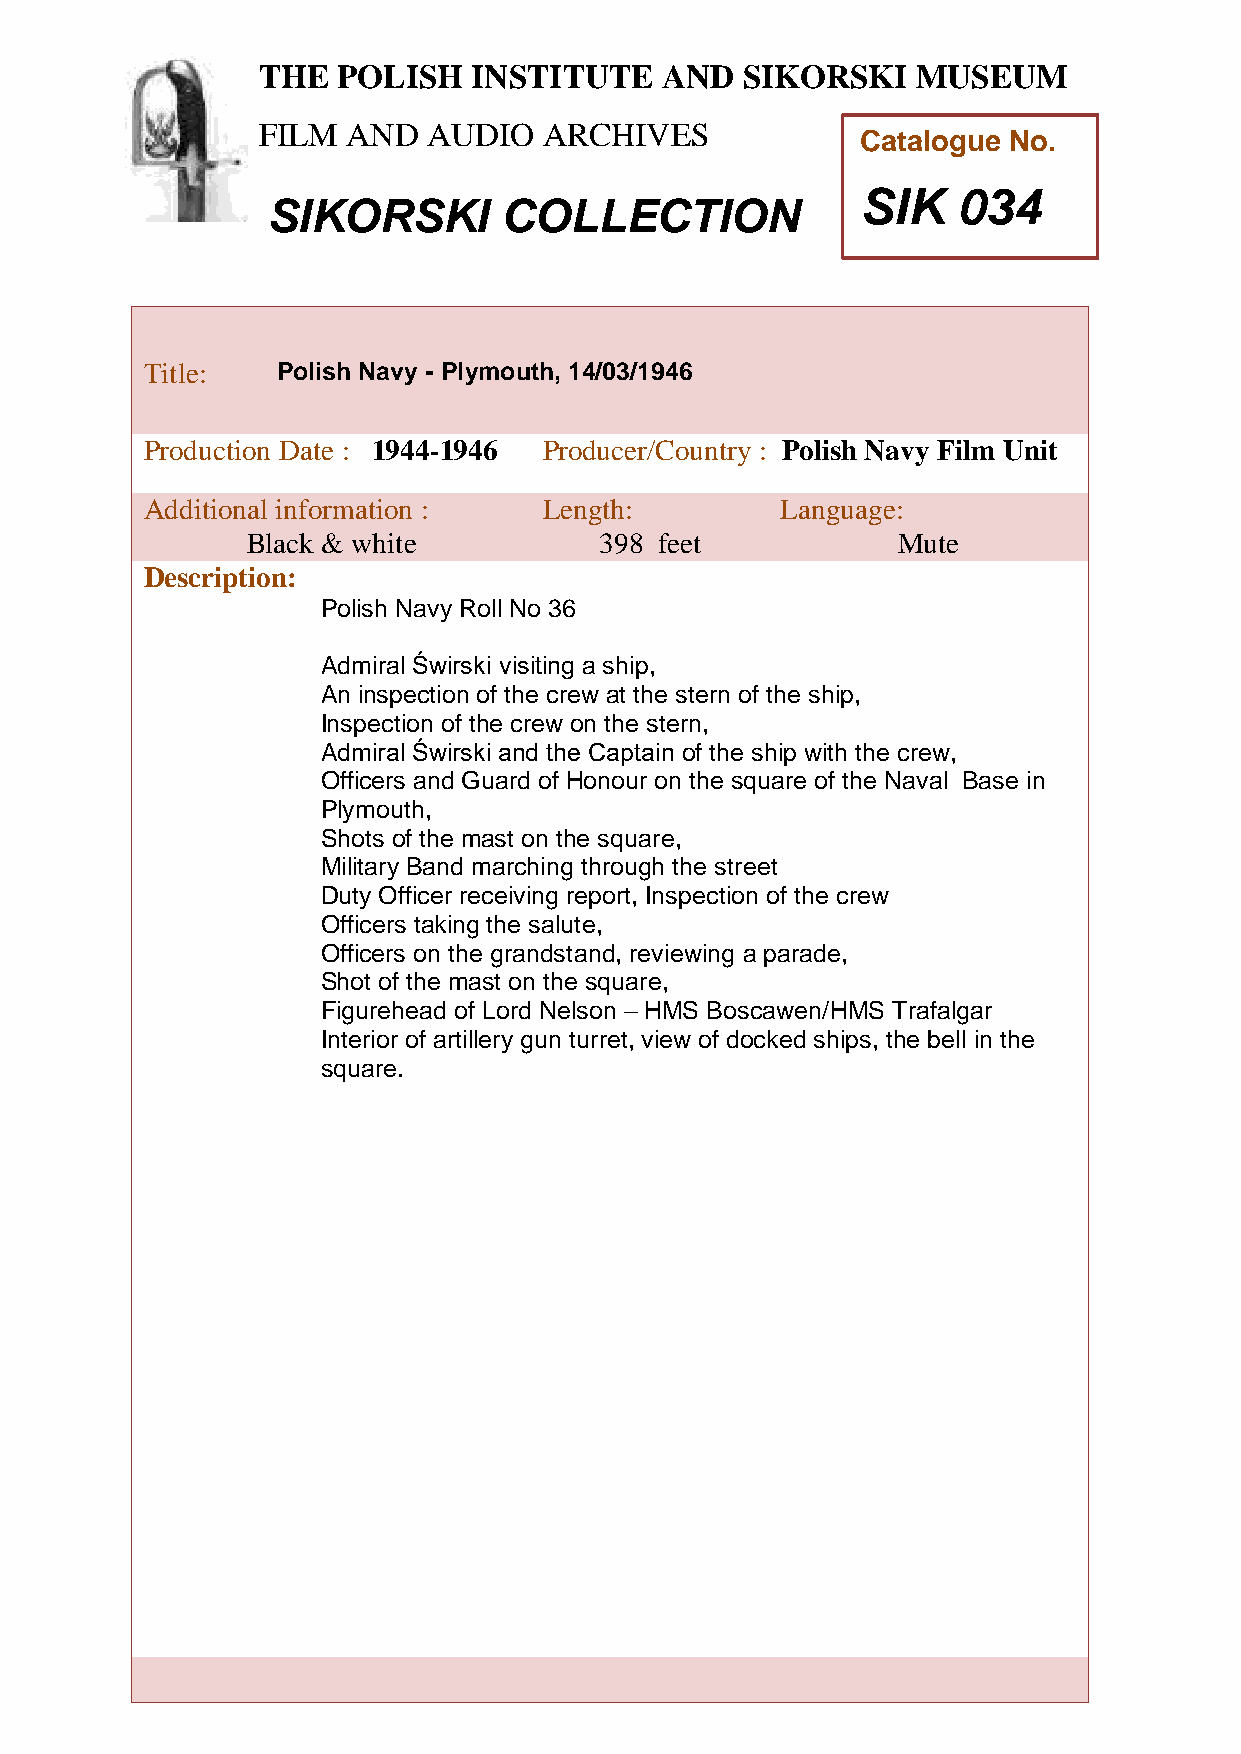
THE  POLISH   INSTITUTE    AND  SIKORSKI    MUSEUM
 FILM  AND  AUDIO   ARCHIVES
 Catalogue No.
 SIK   034
 SIKORSKI       COLLECTION
 T
 Title:   Polish Navy - Plymouth, 14/03/1946
 h
 e
 Production Date : 1944-1946 Producer/Country : Polish Navy Film Unit
 P
 Additioonal information :  Length:         Language:
 l
 i
 Black & white           398 feet           Mute
 s
 Description:
 h
 Polish Navy Roll No 36
 I
 Admniral Świrski visiting a ship,
 An inspsection of the crew at the stern of the ship,
 t
 Inspection oif the crew on the stern,
 t
 Admiral Świrski and the Captain of the ship with the crew,
 Officers and Guuard of Honour on the square of the Naval Base in
 t
 Plymouth,
 e
 Shots of the mast on the square,
 Military Band marching through the street
 a
 Duty Officer receiving report, Inspection of the crew
 n
 Officers taking the salute,
 Officers on the grandstand,d reviewing a parade,
 Shot of the mast on the square,
 Figurehead of Lord Nelson – HSMS Boscawen/HMS Trafalgar
 i
 Interior of artillery gun turret, view of docked ships, the bell in the
 k
 square.
 o
 r
 s
 k
 i
 M
 u
 s
 e
 u
 m